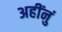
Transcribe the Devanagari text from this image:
अहींनुं